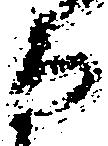
な